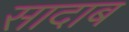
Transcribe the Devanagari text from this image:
सादाब